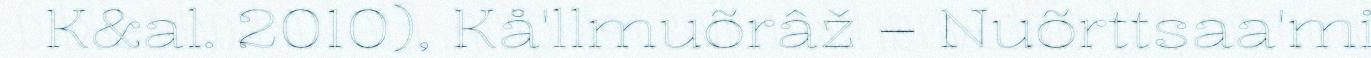
K&al. 2010), Kå'llmuõrâž – Nuõrttsaa'mi